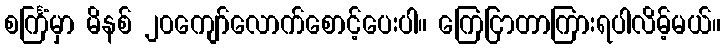
စင်္ကြံမှာ မိနစ် ၂၀ကျော်လောက်စောင့်ပေးပါ။ ကြေငြာတာကြားရပါလိမ့်မယ်။